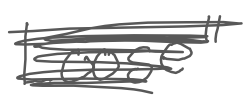
Text: Loose"
Cross-out: scratch
Writing tool: digital_gray